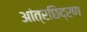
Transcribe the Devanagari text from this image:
आंत्रछिद्रण